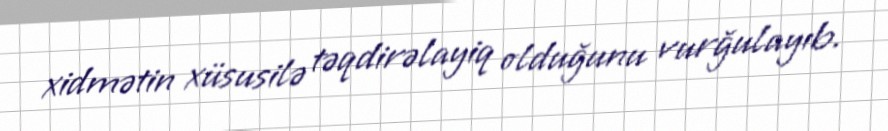
xidmətin xüsusilə təqdirəlayiq olduğunu vurğulayıb.